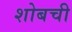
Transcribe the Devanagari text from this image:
शोबची